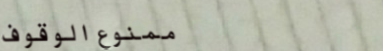
ممنوع الوقوف